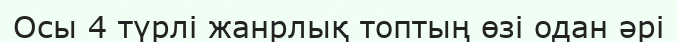
Осы 4 түрлі жанрлық топтың өзі одан әрі